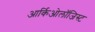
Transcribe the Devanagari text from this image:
आर्किओलॉजिस्ट